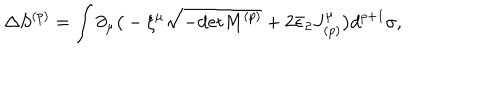
\Delta S ^ { ( p ) } = \int \partial _ { \mu } \big ( - \xi ^ { \mu } \sqrt { - \mathrm { d e t } M ^ { ( p ) } } + 2 \bar { \epsilon } _ { 2 } J _ { ( p ) } ^ { \mu } \big ) d ^ { p + 1 } \sigma ,